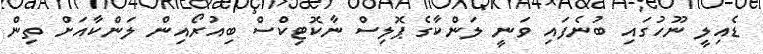
ޑެއިލީ ނޫހުގައި ބުނެފައި ވަނީ ލަންކާގެ ޕޮލިސް ނާކޮޓިކްސް ބިއުރޯއިން ލަންކާއަށް ތިން